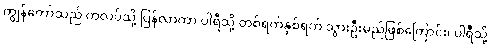
ကျွန်တော်သည် ကလပ်သို့ ပြန်လာကာ ပါရီသို့ တစ်ရက်နှစ်ရက် သွားဦးမည်ဖြစ်ကြောင်း၊ ပါရီသို့